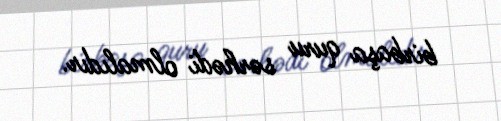
birbaşa quru sərhədi olmalıdır.